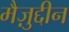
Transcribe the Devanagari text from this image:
मैज़ुद्दीन